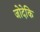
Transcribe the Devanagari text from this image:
जोदेकि